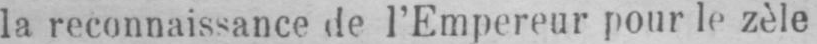
la reconnaissance de l’Empereur pour le zèle